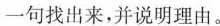
一句找出来，并说明理由。